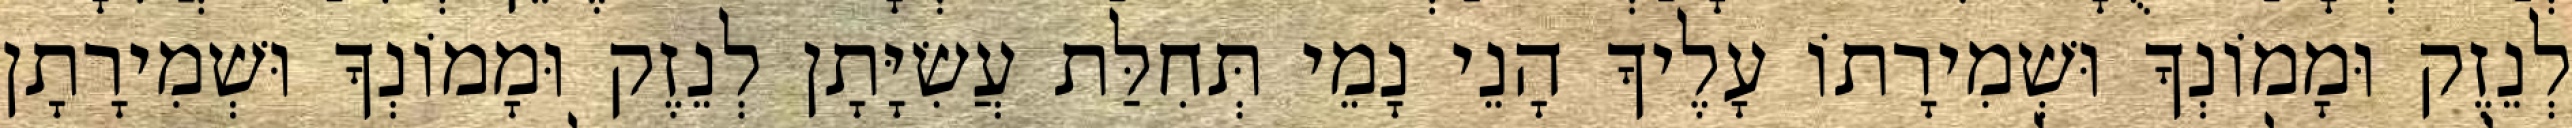
לְנֵזֶק וּמָמוֹנְךָ וּשְׁמִירָתוֹ עָלֶיךָ הָנֵי נָמֵי תְּחִלַּת עֲשִׂיָּתָן לְנֵזֶק וּמָמוֹנְךָ וּשְׁמִירָתָן